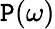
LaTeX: \mathtt{P}(\omega)